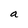
Character: a